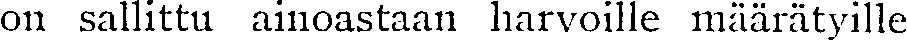
on sallittu ainoastaan harvoille määrätyille